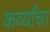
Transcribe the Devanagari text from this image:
कर्व्यांचा